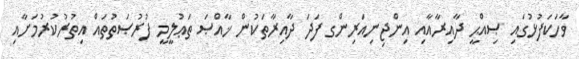
ވާހަކަފުޅުގައި ޞިއްޙީ ދާއިރާއާއި އިންޖިނިއަރިންގ ފަދަ ދާއިރާތަކުން ޚާއްޞަ ތަޢުލީމީ ފުރުޞަތުތައް އިތުރުކުރުމަށާއި